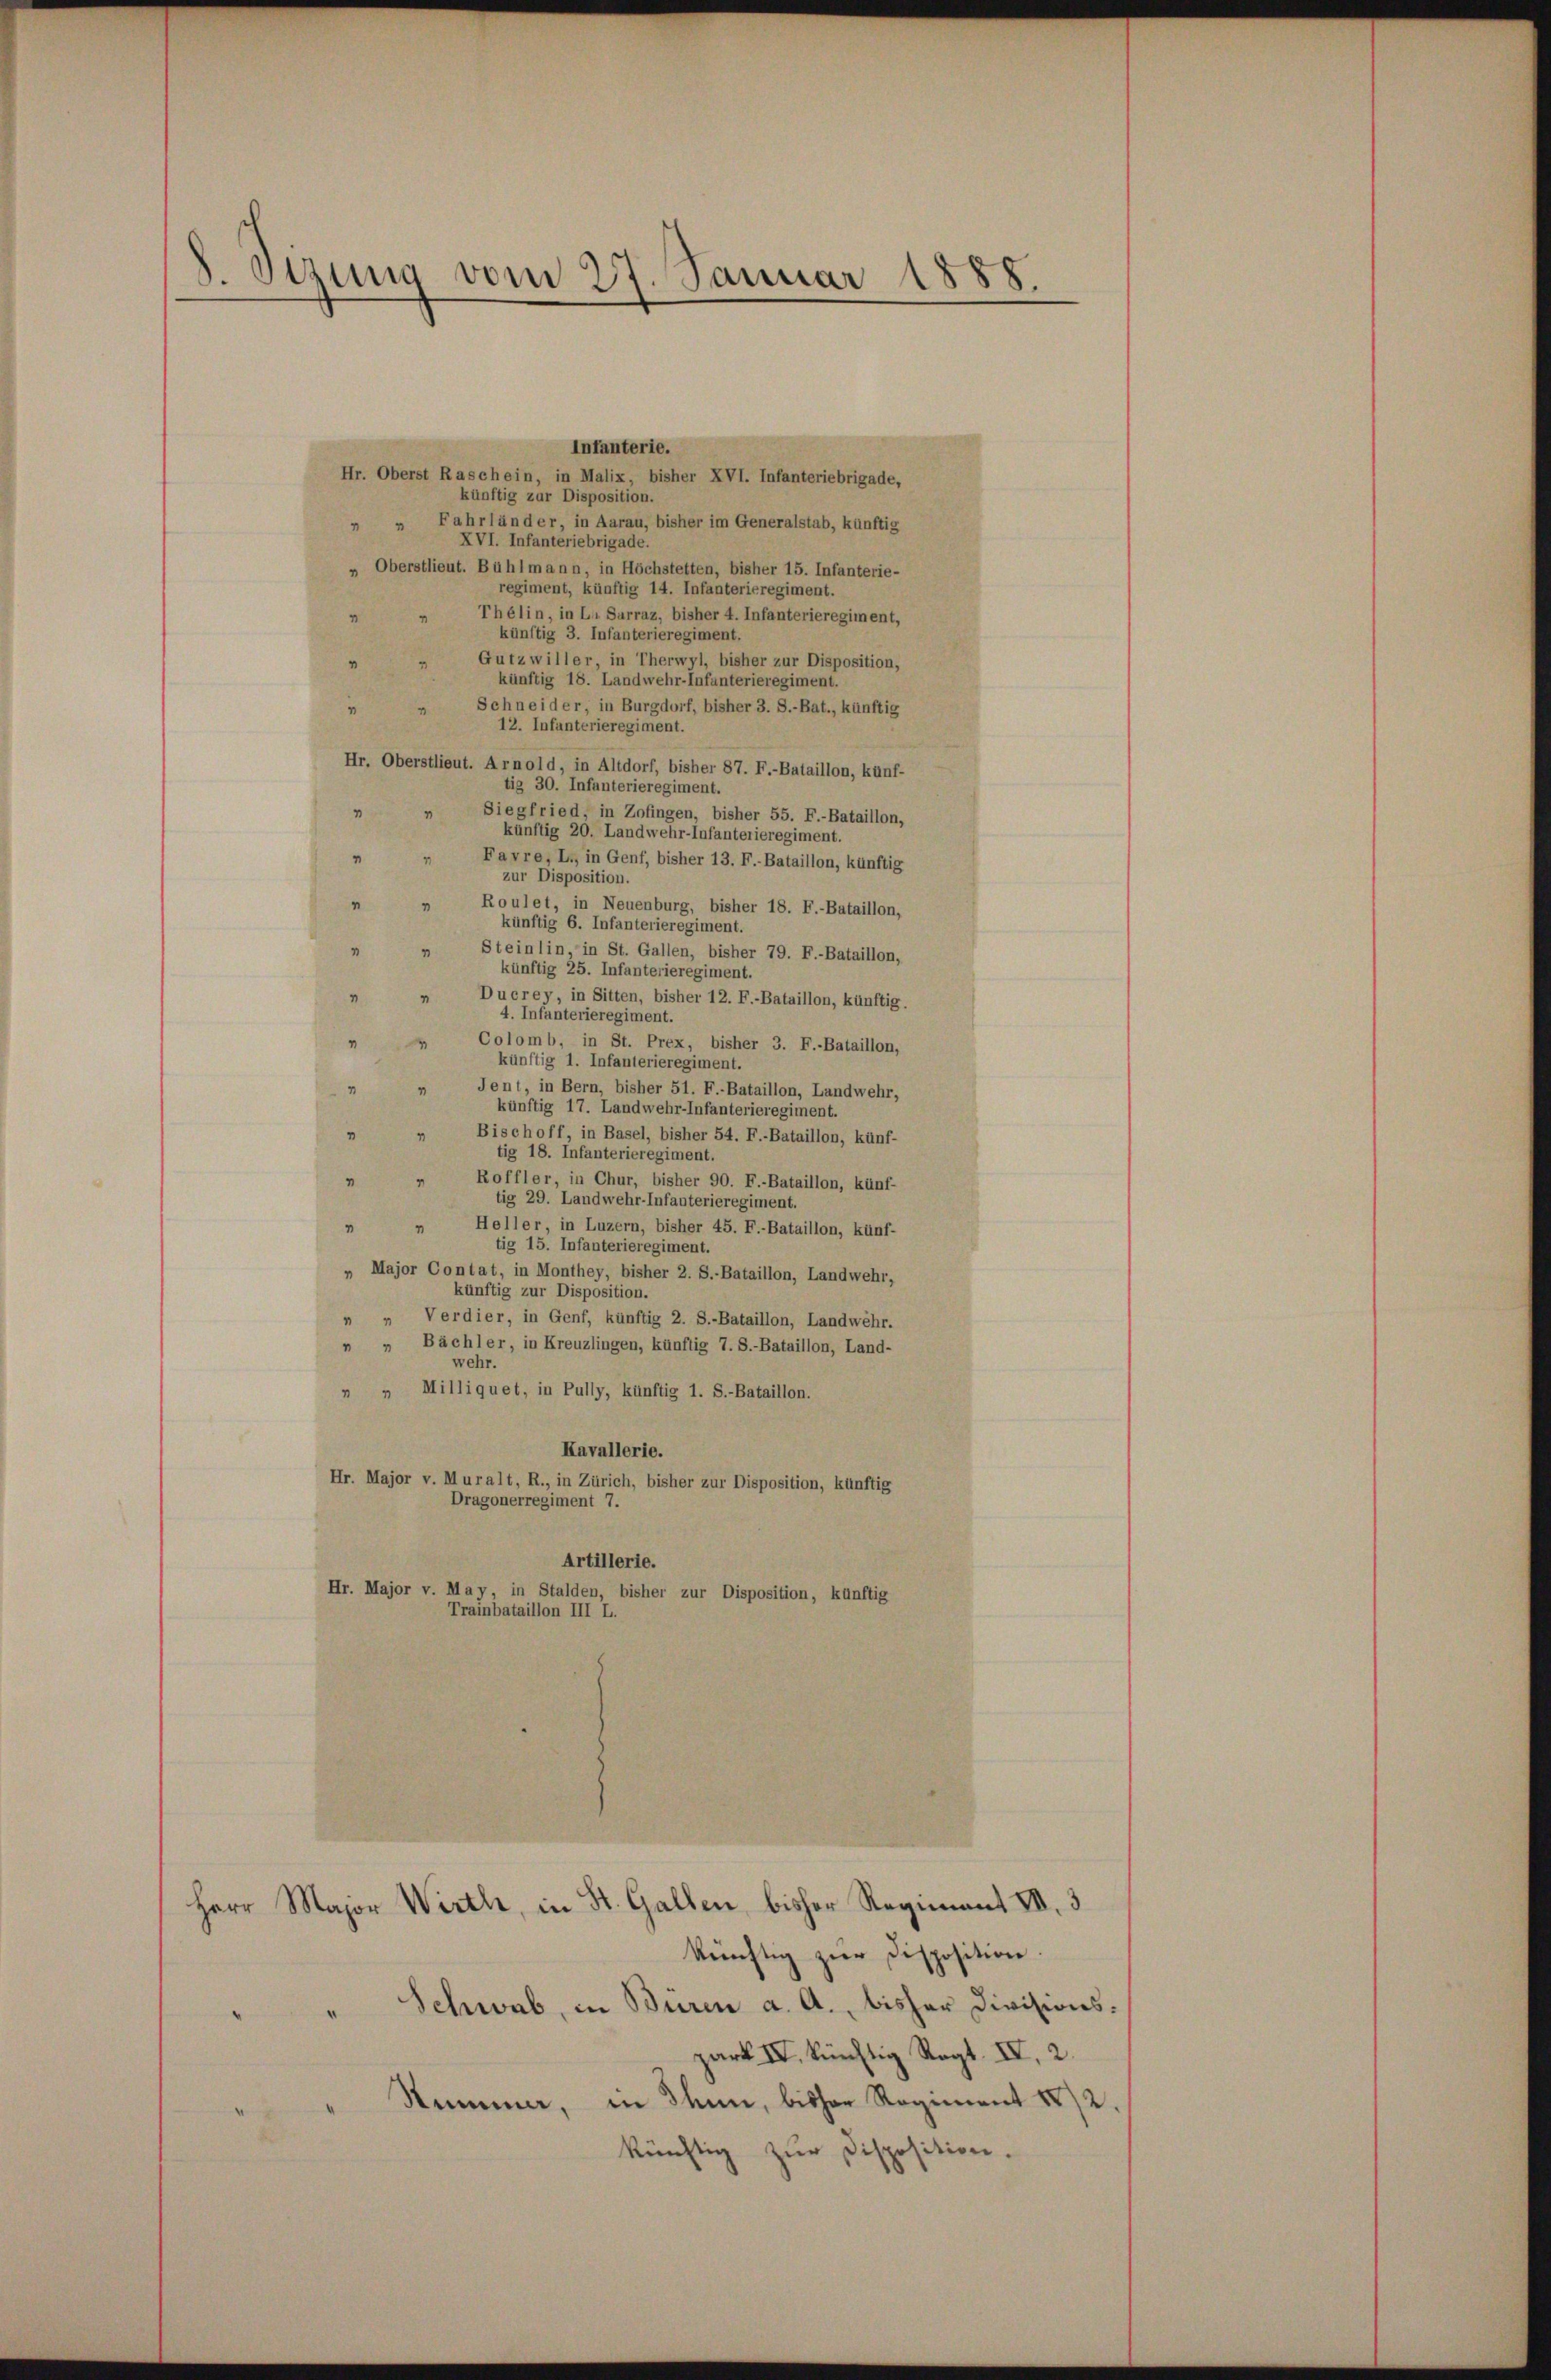
8. Sizung vom 27. Januar 1888.

Infanterie.
Hr. Oberst Raschein, in Malix, bisher XVI. Infanteriebrigade,
künftig zur Disposition.
 " Fahrländer, in Aarau, bisher im Generalstab, künftig
XVI. Infanteriebrigade.
 Oberstlieut. Bühlmann, in Höchstetten, bisher 15. Infanterie-
regiment, künftig 14. Infanterieregiment
Thélin, in L. Sarraz, bisher 4. Infanterieregiment,
künftig 3. Infanterieregiment.
Gutzwiller, in Therwyl, bisher zur Disposition,
künftig 18. Landwehr-Infanterieregiment.
Schneider, in Burgdorf, bisher 3. S.-Bat., künftig
12. Infanterieregiment.
Hr. Oberstlieut. Arnold, in Altdorf, bisher 87. F.-Bataillon, künf-
tig 30. Infanterieregiment.
Siegfried, in Zofingen, bisher 55. F.-Bataillon,
künftig 20. Landwehr-Infanterieregiment
Favre, L., in Genf, bisher 13. F. Bataillon, künftig
zur Disposition.
Roulet, in Neuenburg, bisher 18. F.-Bataillon,
künftig 6. Infanterieregime
Stein lin, in St. Gallen, bisher 79. F.-Bataillon,
künftig 25. Infanterieregiment.
Ducrey, in Sitten, bisher 12. F.-Bataillon, künftig.
4. Infanterieregiment.
Colomb, in St. Prex, bisher 3. F.-Bataillon,
künftig 1. Infanterieregiment.
Jent, in Bern, bisher 51. F.-Bataillon, Landwehr,
künftig 17. Landwehr-Infanterieregiment.
Bischoff, in Basel, bisher 54. F.-Bataillon, künf-
tig 18. Infanterieregiment.
Roffler, in Chur, bisher 90. F.-Bataillon, künf-
tig 29. Landwehr-Infanterieregiment.
Heller, in Luzern, bisher 45. F.-Bataillon, künf-
tig 15. Infanterieregiment.
„ Major Contat, in Monthey, bisher 2. S.-Bataillon, Landwehr,
künftig zur Disposition.
Verdier, in Genf, künftig 2. S.-Bataillon, Landwehr.
» „ Bächler, in Kreuzlingen, künftig 7. S.-Bataillon, Land-
wehr.
Milliquet, in Pully, künftig 1. S.-Bataillon.
Kavallerie.
Hr. Major v. Muralt, R., in Zürich, bisher zur Disposition, künftig
Dragonerregiment 7.
Artillerie.
Hr. Major v. May, in Stalden, bisher zur Disposition, künftig
Trainbataillon III L.
Herr Major Werth, in St. Gallen, bisher Regiment VII. 3
künftig zur Disposition.
Schwab, in Büren a. A., bisher Divisionspark IV. künftig Ragt. II, 2.
Stimmer, in Thun, bisher Regiment 182.
künftig zur Disposition.